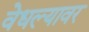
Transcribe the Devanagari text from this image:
वेधल्यावर